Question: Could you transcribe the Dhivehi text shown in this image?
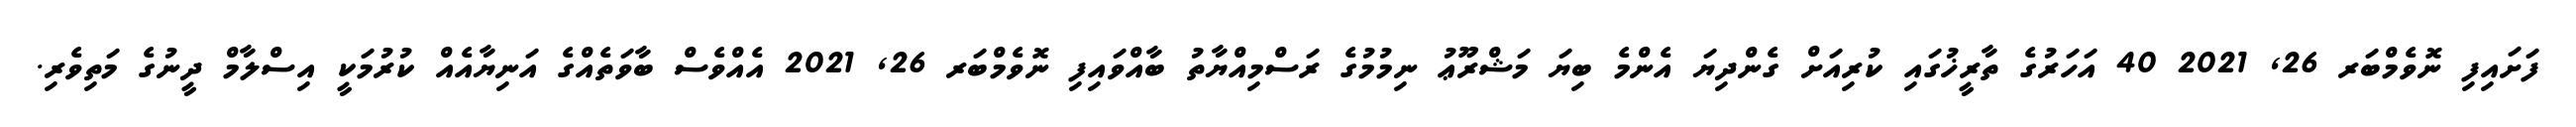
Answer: ފަށައިފި ނޮވެމްބަރ 26, 2021 40 އަހަރުގެ ތާރީޚުގައި ކުރިއަށް ގެންދިޔަ އެންމެ ބިޔަ މަޝްރޫޢު ނިމުމުގެ ރަސްމިއްޔާތު ބާއްވައިފި ނޮވެމްބަރ 26, 2021 އެއްވެސް ބާވަތެއްގެ އަނިޔާއެއް ކުރުމަކީ އިސްލާމް ދީނުގެ މަތިވެރި.